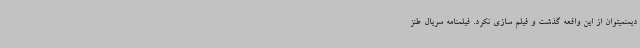
دیمنمیتوان از این واقعه گذشت و فیلم سازی نکرد. فیلمنامه سریال طنز